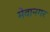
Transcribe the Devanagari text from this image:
मेवानगर